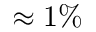
\approx 1 \%